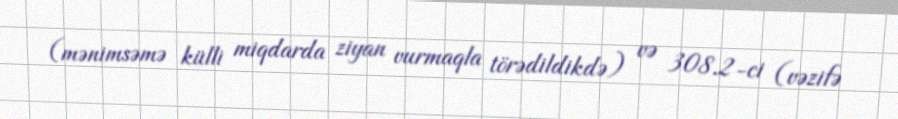
(mənimsəmə külli miqdarda ziyan vurmaqla törədildikdə) və 308.2-ci (vəzifə